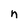
Character: n